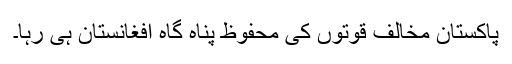
پاکستان مخالف قوتوں کی محفوظ پناہ گاہ افغانستان ہی رہا۔